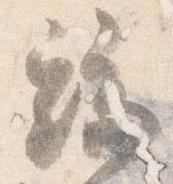
端